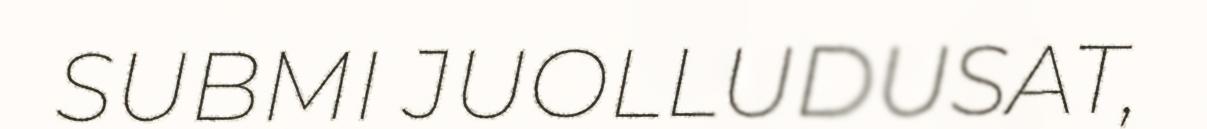
SUBMI JUOLLUDUSAT,